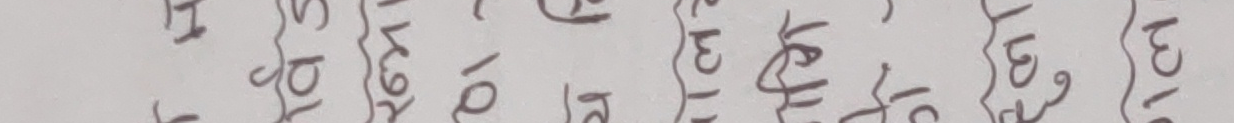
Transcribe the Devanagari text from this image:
ट {१४} स {१५} र {१६} छ {१०} के {३} भो {१३}